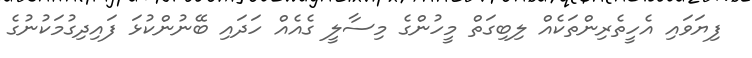
ފިޔަވައި އެހީތެރިންތަކެއް ލިބިގަތް މީހުންގެ މިސާލީ ގެއެއް ހަދައި ބޭނުންކުޅަ ފައިދިގުމަކުނުގެ